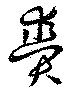
賷